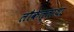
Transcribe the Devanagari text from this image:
लौकेत्ताथा